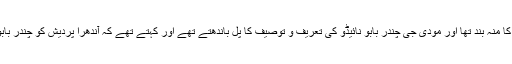
نریندر مودی اور چندر بابو نائیڈو میں جب تک میل ملاپ تھا ،مودی جی کا منہ بند تھا اور مودی جی چندر بابو نائیڈو کی تعریف و توصیف کا پل باندھتے تھے اور کہتے تھے کہ آندھرا پردیش کو چندر بابو نائیڈو نے بہت ترقی اور خوشحالی دی ہے، جو کوئی اور نہیں دے سکا۔